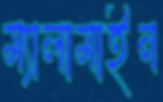
ম্যালামাইন